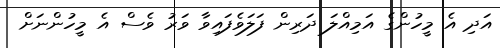
އަދި އެ މީހުންގެ އަމިއްލަ ދަރިން ފަލަވެފައިވާ ވަރު ވެސް އެ މީހުންނަށް